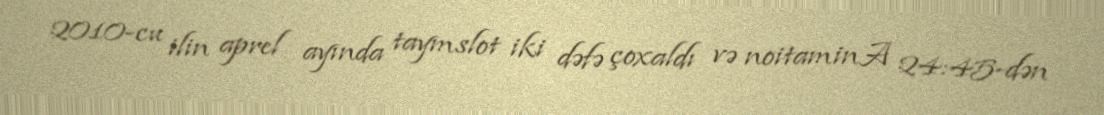
2010-cu ilin aprel ayında taymslot iki dəfə çoxaldı və noitaminA 24:45-dən